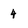
Character: 4